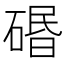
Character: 䃉